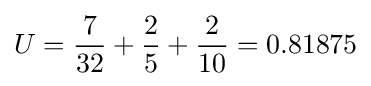
U={\frac {7}{32}}+{\frac {2}{5}}+{\frac {2}{10}}=0.81875